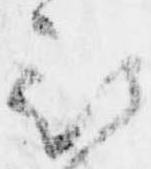
被